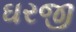
ઘરજી